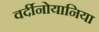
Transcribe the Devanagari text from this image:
वर्दीनोयानिया